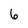
Character: 6